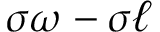
\sigma \omega - \sigma \ell